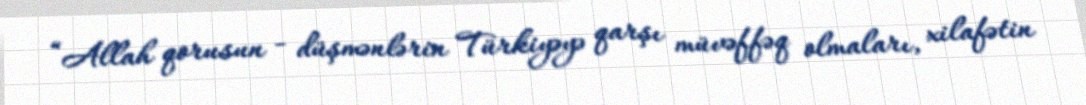
“Allah qorusun - düşmənlərin Türkiyəyə qarşı müvəffəq olmaları, xilafətin